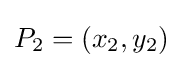
P_{2}=(x_{2},y_{2})